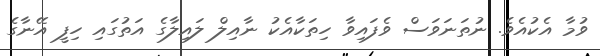
ވުމާ އެކުއެވެ. ނުތަނަވަސް ވެފައިވާ ހިތަކާއެކު ނާއިލް ލައިލާގެ އަތުގައި ހިފީ އޭނާގެ